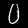
Digit: 0